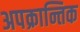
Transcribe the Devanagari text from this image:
अपक्रान्तिक